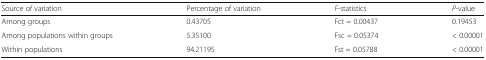
<table><thead><tr><td><b>Source of variation</b></td><td><b>Percentage of variation</b></td><td><b><i>F</i>-statistics</b></td><td><b><i>P</i>-value</b></td></tr></thead><tbody><tr><td>Among groups</td><td>0.43705</td><td>Fct = 0.00437</td><td>0.19453</td></tr><tr><td>Among populations within groups</td><td>5.35100</td><td>Fsc = 0.05374</td><td>&lt; 0.00001</td></tr><tr><td>Within populations</td><td>94.21195</td><td>Fst = 0.05788</td><td>&lt; 0.00001</td></tr></tbody></table>